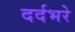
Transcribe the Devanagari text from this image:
दर्दभरे